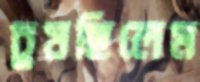
চুষছিলেম